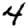
Digit: 4